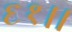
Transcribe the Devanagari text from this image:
६१।।